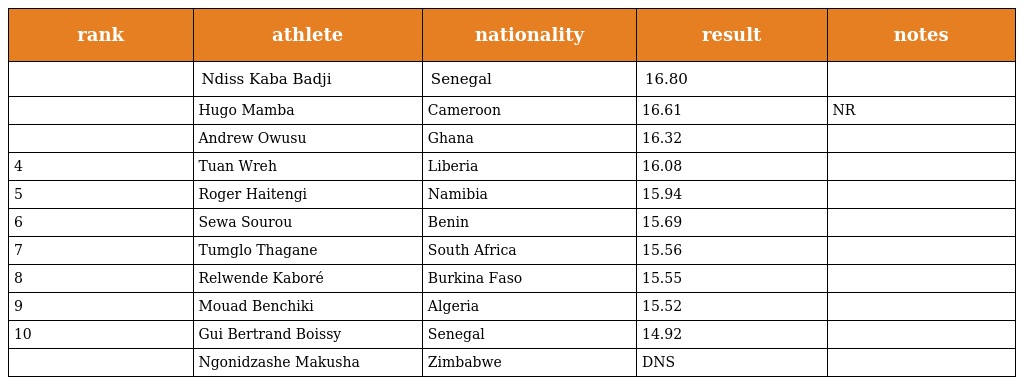
| rank | athlete | nationality | result | notes |
 | --- | --- | --- | --- | --- |
 |  | Ndiss Kaba Badji | Senegal | 16.80 |  |
 |  | Hugo Mamba | Cameroon | 16.61 | NR |
 |  | Andrew Owusu | Ghana | 16.32 |  |
 | 4 | Tuan Wreh | Liberia | 16.08 |  |
 | 5 | Roger Haitengi | Namibia | 15.94 |  |
 | 6 | Sewa Sourou | Benin | 15.69 |  |
 | 7 | Tumglo Thagane | South Africa | 15.56 |  |
 | 8 | Relwende Kaboré | Burkina Faso | 15.55 |  |
 | 9 | Mouad Benchiki | Algeria | 15.52 |  |
 | 10 | Gui Bertrand Boissy | Senegal | 14.92 |  |
 |  | Ngonidzashe Makusha | Zimbabwe | DNS |  |